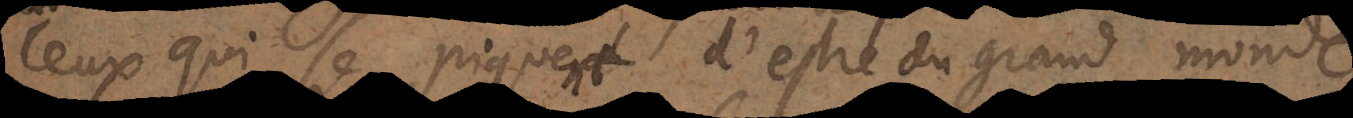
ceux qui se piquent d’estre du grand monde